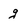
Character: g